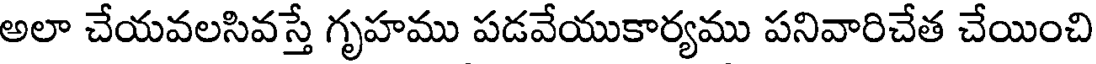
అలా చేయవలసివస్తే గృహము పడవేయుకార్యము పనివారిచేత చేయించి